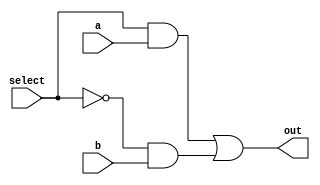
module mux(a , b , select , out);		//1 for a , 0 for b
	input a , b , select;
	output out;

	wire out;

	assign out = (select & a) | (!select & b);

endmodule